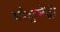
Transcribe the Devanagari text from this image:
मौकुमेंट्री